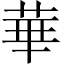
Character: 華